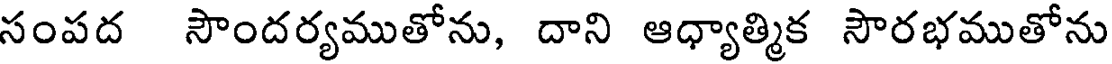
సంపద సౌందర్యముతోను, దాని ఆధ్యాత్మిక సౌరభముతోను